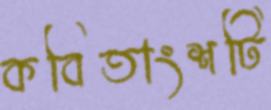
কবিতাংশটি